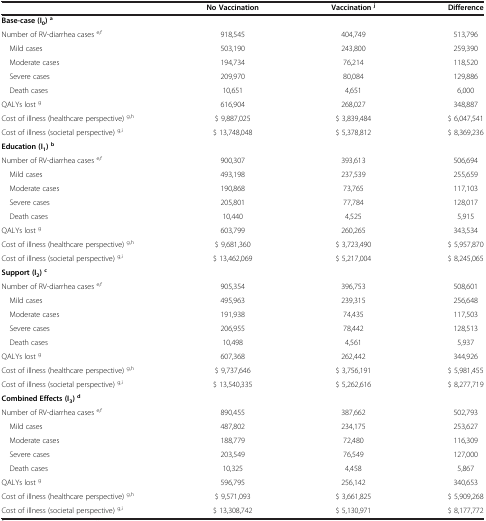
<table><thead><tr><td><b> </b></td><td><b>No Vaccination</b></td><td><b>Vaccination <sup>j</sup></b></td><td><b>Difference</b></td></tr></thead><tbody><tr><td><b>Base-case (I</b><sub><b>0</b></sub><b>) </b><sup><b>a</b></sup></td><td> </td><td> </td><td> </td></tr><tr><td>Number of RV-diarrhea cases <sup>e,f</sup></td><td>918,545</td><td>404,749</td><td>513,796</td></tr><tr><td> Mild cases</td><td>503,190</td><td>243,800</td><td>259,390</td></tr><tr><td> Moderate cases</td><td>194,734</td><td>76,214</td><td>118,520</td></tr><tr><td> Severe cases</td><td>209,970</td><td>80,084</td><td>129,886</td></tr><tr><td> Death cases</td><td>10,651</td><td>4,651</td><td>6,000</td></tr><tr><td>QALYs lost <sup>g</sup></td><td>616,904</td><td>268,027</td><td>348,887</td></tr><tr><td>Cost of illness (healthcare perspective) <sup>g,h</sup></td><td>$ 9,887,025</td><td>$ 3,839,484</td><td>$ 6,047,541</td></tr><tr><td>Cost of illness (societal perspective) <sup>g,i</sup></td><td>$ 13,748,048</td><td>$ 5,378,812</td><td>$ 8,369,236</td></tr><tr><td><b>Education (I</b><sub><b>1</b></sub><b>) </b><sup><b>b</b></sup></td><td> </td><td> </td><td> </td></tr><tr><td>Number of RV-diarrhea cases <sup>e,f</sup></td><td>900,307</td><td>393,613</td><td>506,694</td></tr><tr><td> Mild cases</td><td>493,198</td><td>237,539</td><td>255,659</td></tr><tr><td> Moderate cases</td><td>190,868</td><td>73,765</td><td>117,103</td></tr><tr><td> Severe cases</td><td>205,801</td><td>77,784</td><td>128,017</td></tr><tr><td> Death cases</td><td>10,440</td><td>4,525</td><td>5,915</td></tr><tr><td>QALYs lost <sup>g</sup></td><td>603,799</td><td>260,265</td><td>343,534</td></tr><tr><td>Cost of illness (healthcare perspective) <sup>g,h</sup></td><td>$ 9,681,360</td><td>$ 3,723,490</td><td>$ 5,957,870</td></tr><tr><td>Cost of illness (societal perspective) <sup>g,i</sup></td><td>$ 13,462,069</td><td>$ 5,217,004</td><td>$ 8,245,065</td></tr><tr><td><b>Support (I</b><sub><b>2</b></sub><b>) </b><sup><b>c</b></sup></td><td> </td><td> </td><td> </td></tr><tr><td>Number of RV-diarrhea cases <sup>e,f</sup></td><td>905,354</td><td>396,753</td><td>508,601</td></tr><tr><td> Mild cases</td><td>495,963</td><td>239,315</td><td>256,648</td></tr><tr><td> Moderate cases</td><td>191,938</td><td>74,435</td><td>117,503</td></tr><tr><td> Severe cases</td><td>206,955</td><td>78,442</td><td>128,513</td></tr><tr><td> Death cases</td><td>10,498</td><td>4,561</td><td>5,937</td></tr><tr><td>QALYs lost <sup>g</sup></td><td>607,368</td><td>262,442</td><td>344,926</td></tr><tr><td>Cost of illness (healthcare perspective) <sup>g,h</sup></td><td>$ 9,737,646</td><td>$ 3,756,191</td><td>$ 5,981,455</td></tr><tr><td>Cost of illness (societal perspective) <sup>g,i</sup></td><td>$ 13,540,335</td><td>$ 5,262,616</td><td>$ 8,277,719</td></tr><tr><td><b>Combined Effects (I</b><sub><b>3</b></sub><b>) </b><sup><b>d</b></sup></td><td> </td><td> </td><td> </td></tr><tr><td>Number of RV-diarrhea cases <sup>e,f</sup></td><td>890,455</td><td>387,662</td><td>502,793</td></tr><tr><td> Mild cases</td><td>487,802</td><td>234,175</td><td>253,627</td></tr><tr><td> Moderate cases</td><td>188,779</td><td>72,480</td><td>116,309</td></tr><tr><td> Severe cases</td><td>203,549</td><td>76,549</td><td>127,000</td></tr><tr><td> Death cases</td><td>10,325</td><td>4,458</td><td>5,867</td></tr><tr><td>QALYs lost <sup>g</sup></td><td>596,795</td><td>256,142</td><td>340,653</td></tr><tr><td>Cost of illness (healthcare perspective) <sup>g,h</sup></td><td>$ 9,571,093</td><td>$ 3,661,825</td><td>$ 5,909,268</td></tr><tr><td>Cost of illness (societal perspective) <sup>g,i</sup></td><td>$ 13,308,742</td><td>$ 5,130,971</td><td>$ 8,177,772</td></tr></tbody></table>